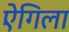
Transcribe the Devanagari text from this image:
ऐंगिला